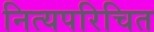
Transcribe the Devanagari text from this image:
नित्यपरिचित